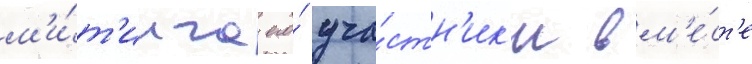
м'и́т'инга его́ уча́стн'ик'и вм'е́ст'е